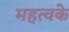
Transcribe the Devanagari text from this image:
महत्वके